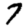
Digit: 7